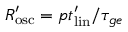
R _ { \mathrm { { o s c } } } ^ { \prime } = p t _ { \mathrm { { l i n } } } ^ { \prime } / \tau _ { g e }